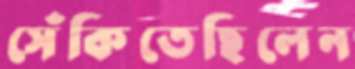
সেঁকিতেছিলেন